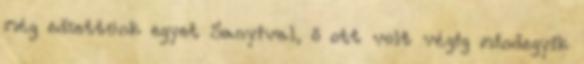
még edzettünk egyet Sanyival, ő ott volt végig mindegyik